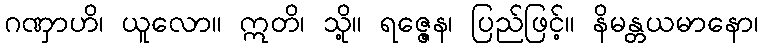
ဂဏှာဟိ၊ ယူလော။ ဣတိ၊ သို့။ ရဇ္ဇေန၊ ပြည်ဖြင့်။ နိမန္တယမာနော၊